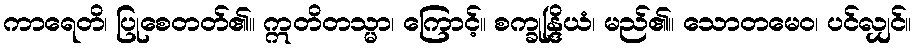
ကာရေတိ၊ ပြုစေတတ်၏။ ဣတိတသ္မာ၊ ကြောင့်။ စက္ခုန္ဒြိယံ၊ မည်၏။ သောတမေဝ၊ ပင်လျှင်။